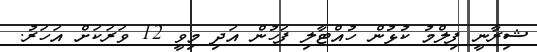
ޝިރާނީ ފިލްމު ކުޅުން ހުއްޓާލި ފަހުން އަދި މިވީ 12 ވަރަކަށް އަހަރު.